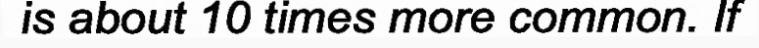
is about 10 times more common. If